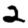
Digit: 2